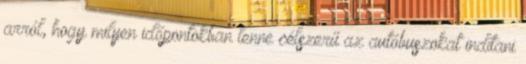
arról, hogy milyen időpontokban lenne célszerű az autóbuszokat indítani